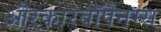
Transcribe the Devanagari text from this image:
औरकारबॉपेनम्स